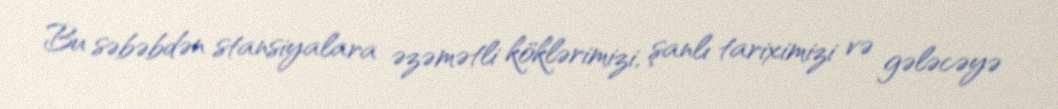
Bu səbəbdən stansiyalara əzəmətli köklərimizi, şanlı tariximizi və gələcəyə